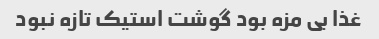
غذا بی مزه بود گوشت استیک تازه نبود